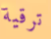
ترقية